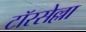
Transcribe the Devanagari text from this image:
टॉरसेल्ला